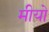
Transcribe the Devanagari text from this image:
मीयो